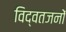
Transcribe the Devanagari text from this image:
विद्वतजनों